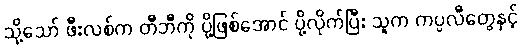
သို့သော် ဖီးလစ်က တီဘီကို ပို့ဖြစ်အောင် ပို့လိုက်ပြီး သူက ကပ္ပလီတွေနှင့်